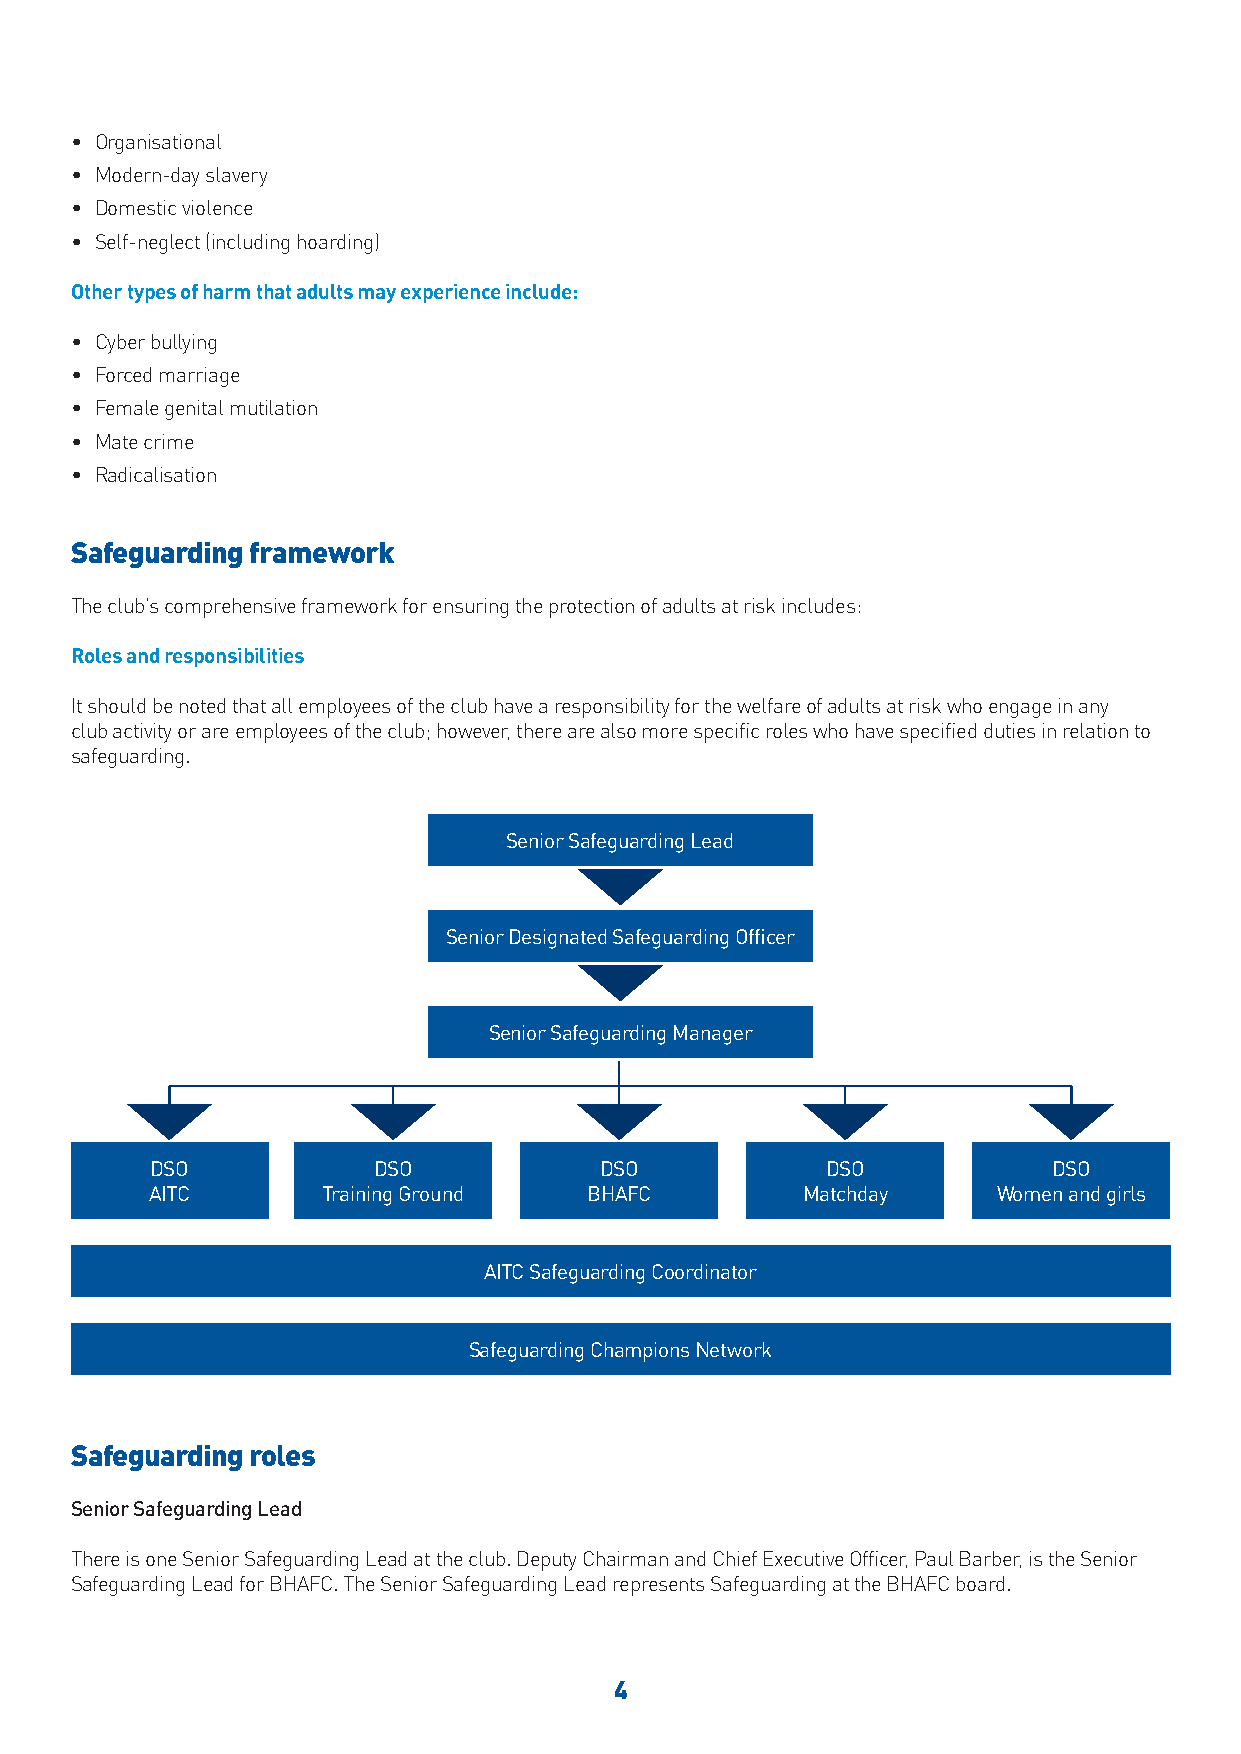
• Organisational
 • Modern-day slavery
 • Domestic violence
 • Self-neglect (including hoarding)
 Other types of harm that adults may experience include:
 • Cyber bullying
 • Forced marriage
 • Female genital mutilation
 • Mate crime
 • Radicalisation
 Safeguarding framework
 The club’s comprehensive framework for ensuring the protection of adults at risk includes:
 Roles and responsibilities
 It should be noted that all employees of the club have a responsibility for the welfare of adults at risk who engage in any
 club activity or are employees of the club; however, there are also more specific roles who have specified duties in relation to
 safeguarding.
 Senior Safeguarding Lead
 Senior Designated Safeguarding Officer
 Senior Safeguarding Manager
 DSO            DSO            DSO            DSO            DSO
 AITC       Training Ground   BHAFC         Matchday     Women and girls
 AITC Safeguarding Coordinator
 Safeguarding Champions Network
 Safeguarding roles
 Senior Safeguarding Lead
 There is one Senior Safeguarding Lead at the club. Deputy Chairman and Chief Executive Officer, Paul Barber, is the Senior
 Safeguarding Lead for BHAFC. The Senior Safeguarding Lead represents Safeguarding at the BHAFC board.
 4